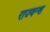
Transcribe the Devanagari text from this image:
राज्वन्श